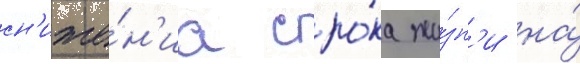
сн'иже́н'иа сро́ка жи́зн'и на́